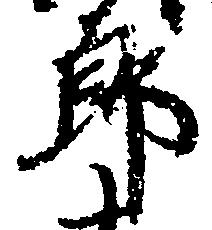
郎